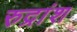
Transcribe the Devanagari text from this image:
रुद्रांश